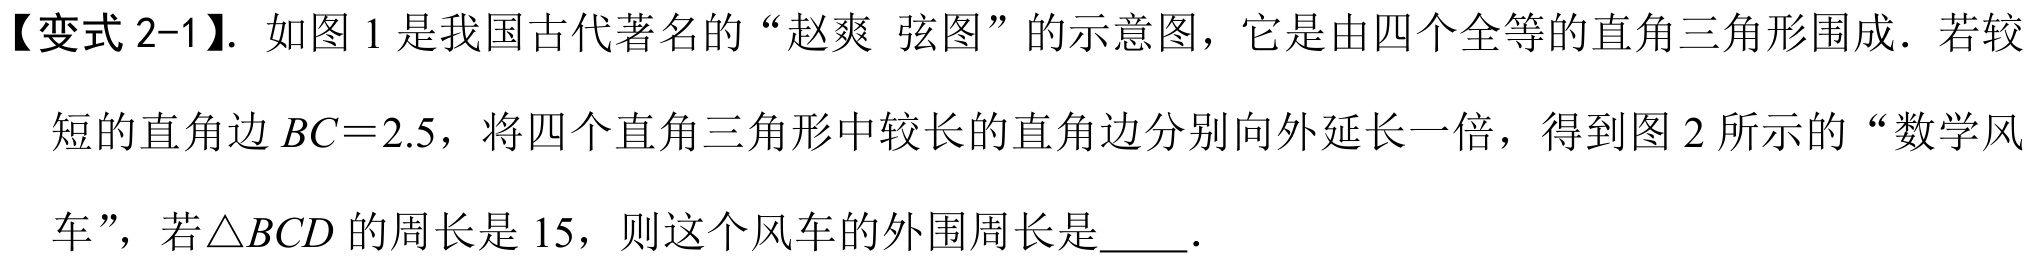
【变式 2-1】. 如图 1 是我国古代著名的 “赵爽 弦图” 的示意图，它是由四个全等的直角三角形围成．若较
短的直角边 \(BC = 2.5\)，将四个直角三角形中较长的直角边分别向外延长一倍，得到图 2 所示的 “数学风
车”，若\(\triangle BCD\) 的周长是 15，则这个风车的外围周长是  ．